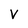
Character: V